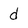
Character: d